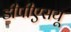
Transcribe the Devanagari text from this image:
डीपीएसयू